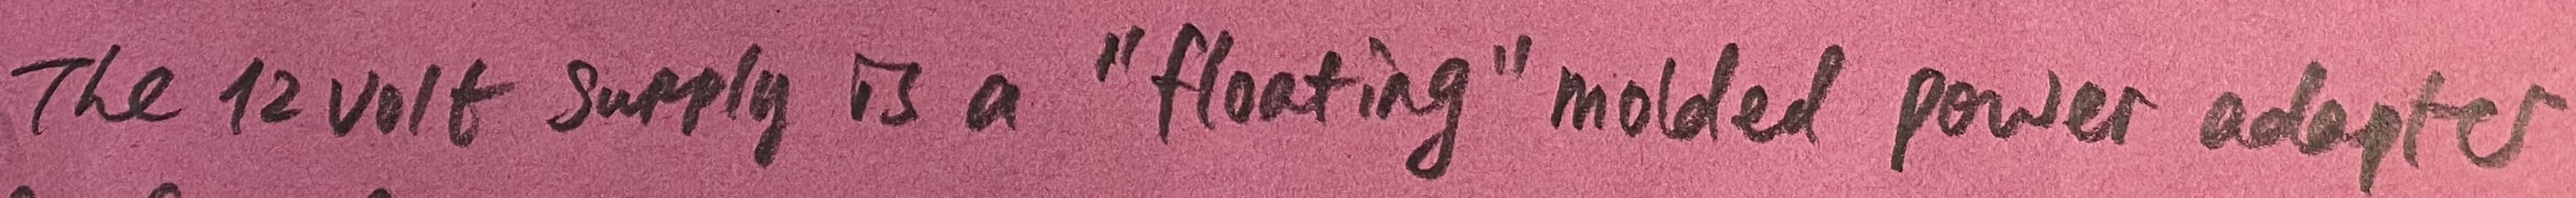
Text: The12 volt supply is a "floating" molded power adapter